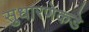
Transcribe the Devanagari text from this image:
सुधारणेकडे